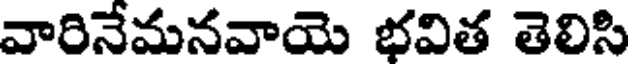
వారినేమనవాయె భవిత తెలిసి